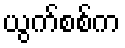
ယွက်စစ်က